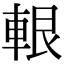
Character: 𨋨